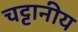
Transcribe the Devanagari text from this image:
चट्टानीय